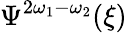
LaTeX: \Psi^{2\omega_{1}-\omega_{2}}(\xi)